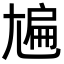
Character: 㞈